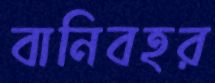
বানিবহর